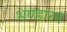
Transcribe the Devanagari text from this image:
भण्डारन